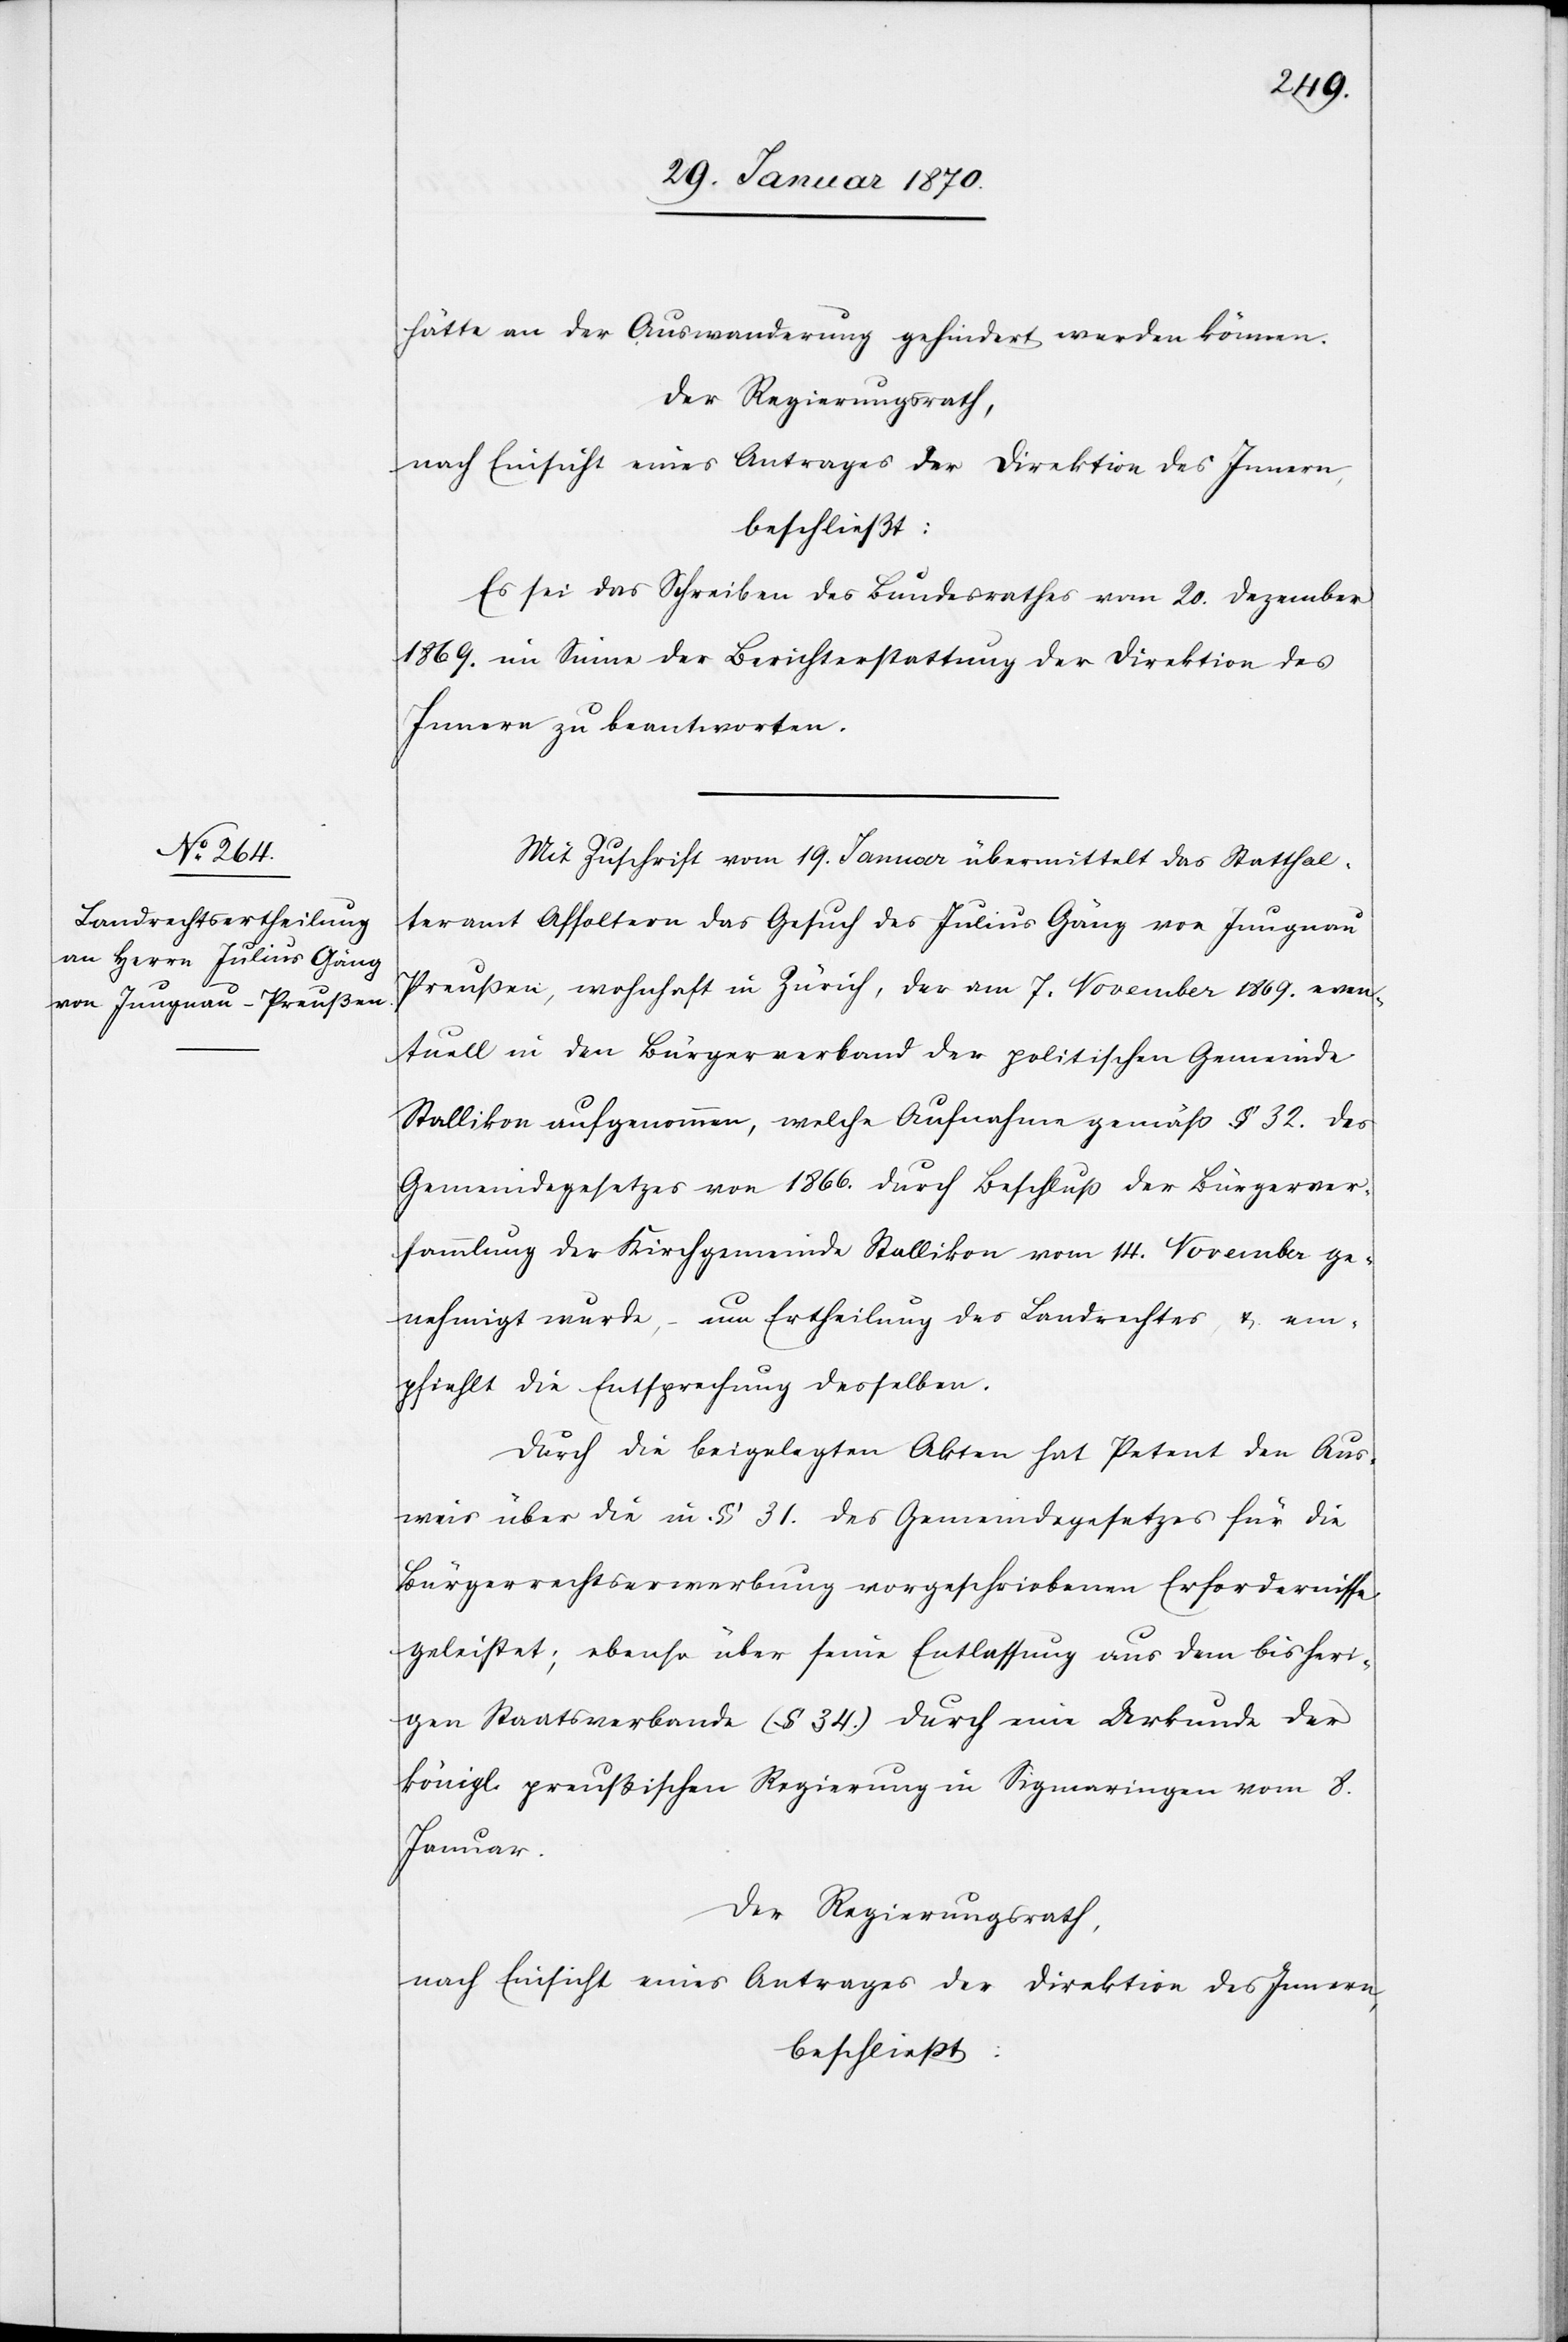
hätte an der Auswanderung gehindert werden können.
Der Regierungsrath
nach Einsicht eines Antrages der Direktion des Innern
beschließt:
Es sei das Schreiben des Bundesrathes vom 20. Dezember
1869. im Sinne der Berichterstattung der Direktion des
Innern zu beantworten.
Mit Zuschrift vom 19. Januar übermittelt das Statthal¬
teramt Affoltern das Gesuch des Julius Gäng von Jungnau
Preußen, wohnhaft in Zürich, der am 7. November 1869. even¬
tuell in den Bürgerverband der politischen Gemeinde
Stallikon aufgenommen, welche Aufnahme gemäß § 32. des
Gemeindegesetzes von 1866. durch Beschluß der Bürgerver¬
sammlung der Kirchgemeinde Stallikon vom 14. November ge¬
nehmigt wurde, – um Ertheilung des Landrechtes u. em¬
pfiehlt die Entsprechung desselben.
Durch die beigelegten Akten hat Petent den Aus¬
weis über die in § 31. des Gemeindegesetzes für die
Bürgerrechtserwerbung vorgeschriebenen Erfordernisse
geleistet; ebenso über seine Entlassung aus dem bisheri¬
gen Staatsverbande (§ 34.) durch eine Urkunde der
königl. preußischen Regierung in Sigmaringen vom 8.
Januar.
Der Regierungsrath,
nach Einsicht eines Antrages der Direktion des Innern
beschließt: